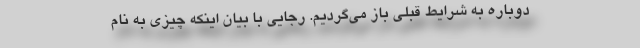
دوباره به شرایط قبلی باز می‌گردیم. رجایی با بیان اینکه چیزی به نام